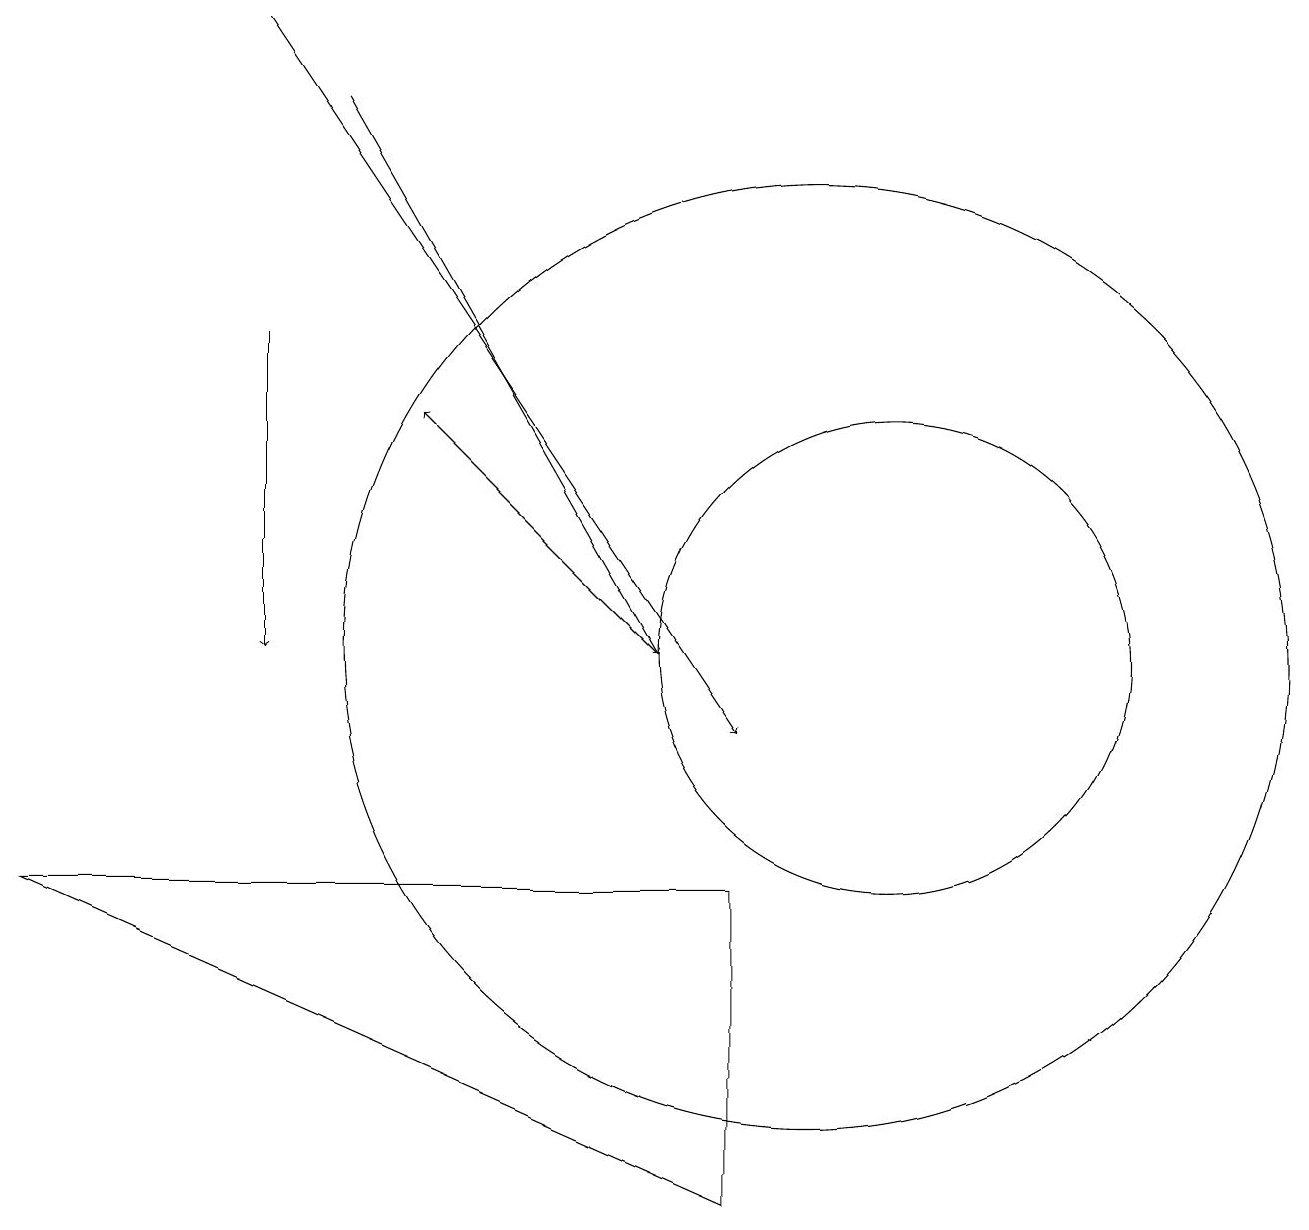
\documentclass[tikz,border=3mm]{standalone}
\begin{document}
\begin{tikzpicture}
\draw[->] (8,11) -- (5,14);
\draw[->] (3,15) -- (3,11);
\draw (10,11) circle (6);
\draw (11,11) circle (3);
\draw[->] (3,19) -- (9,10);
\draw (9,4) -- (0,8) -- (9,8) -- cycle;
\draw[->] (4,18) -- (8,11);
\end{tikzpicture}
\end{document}